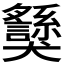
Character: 𱮯